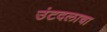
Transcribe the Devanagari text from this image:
उंटदलाचा